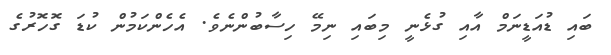
ބައި ޑުއަޑީނަމް އާއި ގުޅެނީ މިބައި ނިމޭ ހިސާބުންނެވެ. އެހެންކަމުން ކުޑަ ގޮހޮރުގެ